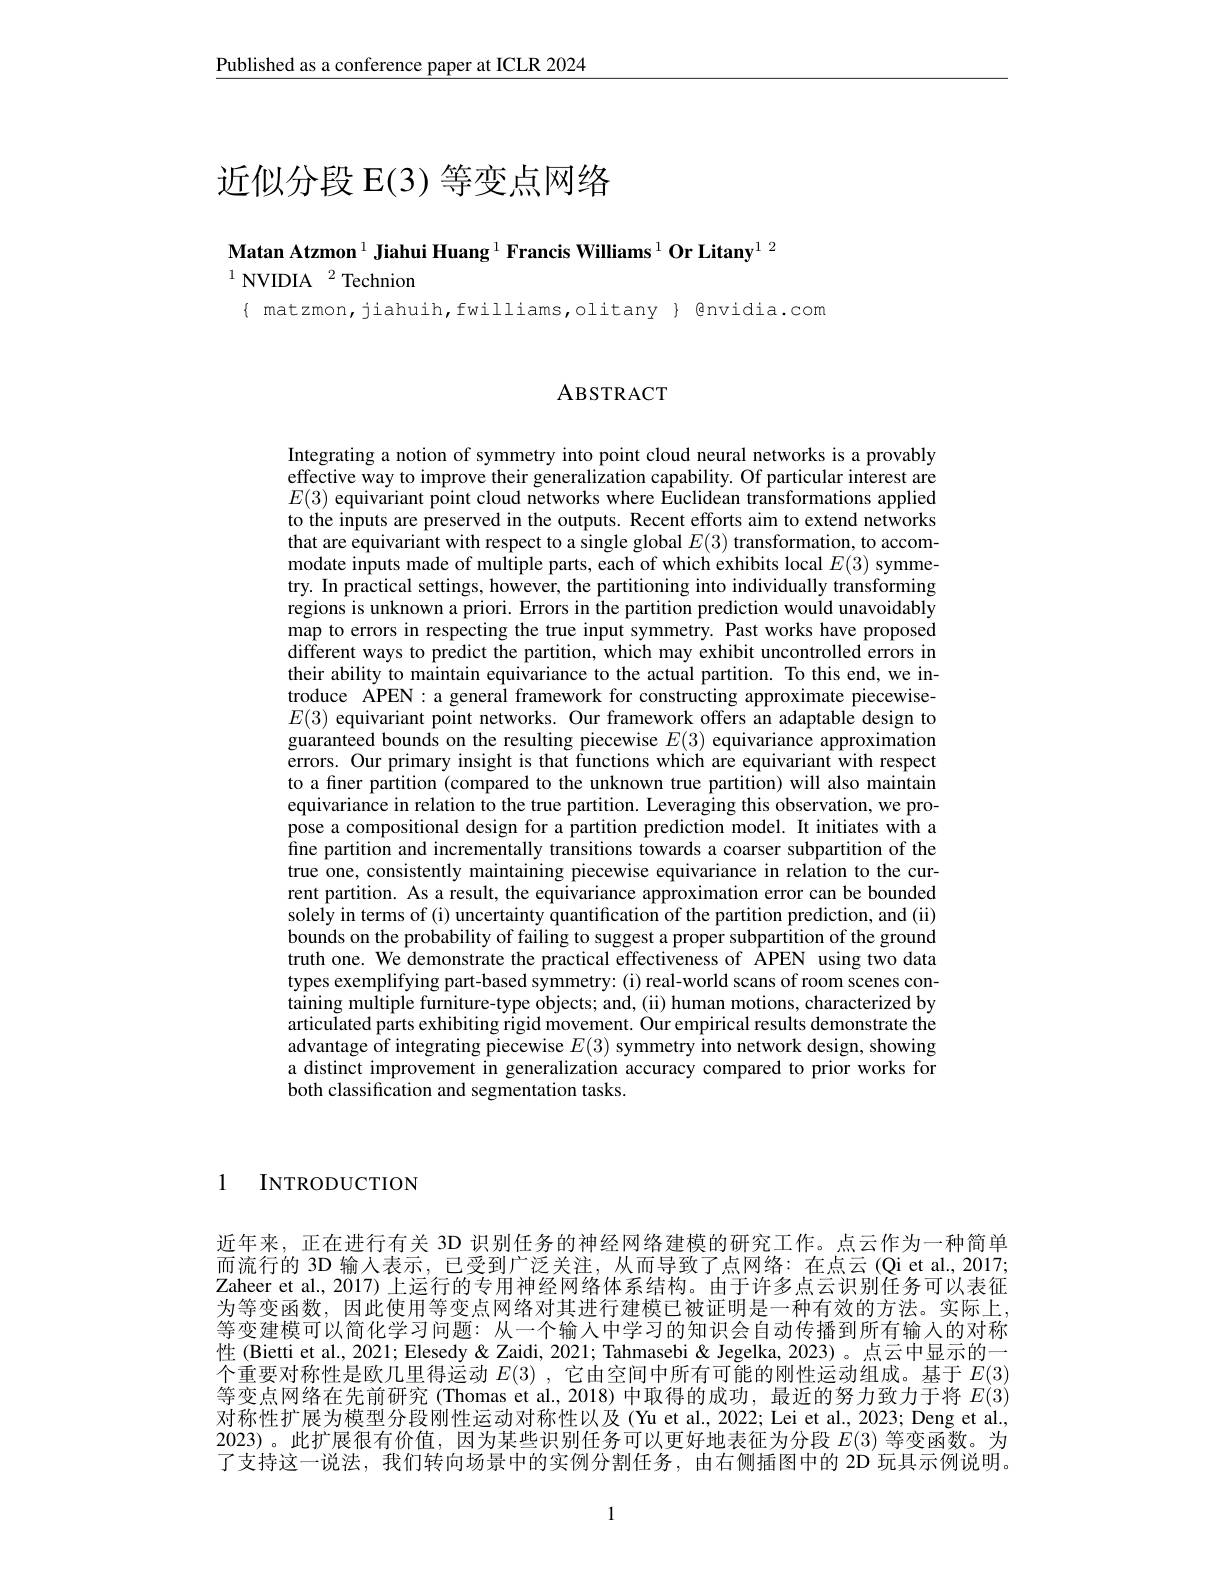
Published as a conference paper at ICLR 2024

# 近似分段 E(3) 等变点网络

Matan Atzmon $^1\textbf{Jiahui Huang}^{1}$ Francis Williams$^1\textbf{Or Litany}^{1\:^2}$
$^{1}\text{NVIDIA}^{2}$Technion

$\{ matzmon,jiahuih,fwilliams,olitany $ Qnvidia.com$

ABSTRACT

Integrating a notion of symmetry into point cloud neural networks is a provably effective way to improve their generalization capability. Of particular interest are $E(3)$ equivariant point cloud networks where Éuclidean transformations applied to the inputs are preserved in the outputs. Recent efforts aim to extend networks that are equivariant with respect to a single global $E(3)$ transformation, to accommodate inputs made of multiple parts, each of which exhibits local $E(3)$ symmetry. In practical settings, however, the partitioning into individually transforming regions is unknown a priori. Errors in the partition prediction would unavoidably map to errors in respecting the true input symmetry. Past works have proposed different ways to predict the partition, which may exhibit uncontrolled errors in their ability to maintain equivariance to the actual partition. To this end, we introduce APEN: a general framework for constructing approximate piecewise- $E(3)$ equivariant point networks. Our framework offers an adaptable design to guaranteed bounds on the resulting piecewise $E(3)$ equivariance approximation errors. Our primary insight is that functions which are equivariant with respect to a fner partition (compared to the unknown true partition) will also maintain equivariance in relation to the true partition. Leveraging this observation, we propose a compositional design for a partition prediction model. It initiates with a fine partition and incrementally transitions towards a coarser subpartition of the true one, consistently maintaining piecewise equivariance in relation to the current partition. As a result, the equivariance approximation error can be bounded solely in terms of (i) uncertainty quantification of the partition prediction, and (ii) bounds on the probability of failing to suggest a proper subpartition of the ground truth one. We demonstrate the practical effectiveness of APEN using two data types exemplifying part-based symmetry:(i) real-world scans of room scenes containing multiple furniture-type objects; and, (ii) human motions, characterized by articulated parts exhibiting rigid movement. Our empirical results demonstrate the advantage of integrating piecewise $E(3)$ symmetry into network design, showing a distinct improvement in generalization accuracy compared to prior works for both classification and segmentation tasks.

1

INTRODUCTION

近年来，正在进行有关 3D 识别任务的神经网络建模的研究工作。点云作为一种简单而流行的 3D 输入表示，已受到广泛关注，从而导致了点网络：在点云(Qi et al., 2017; Zaheer et al., 2017) 上运行的专用神经网络体系结构。由于许多点云识别任务可以表征为等变函数，因此使用等变点网络对其进行建模已被证明是一种有效的方法。实际上等变建模可以简化学习问题：从一个输入中学习的知识会自动传播到所有输人的对称性 (Bietti et al., 2021; Elesedy & Zaidi, 2021; Tahmasebi & Jegelka, 2023) 。点云中显示的一个重要对称性是欧几里得运动$E(3)$ ,它由空间中所有可能的刚性运动组成。基于$E(3)$ 等变点网络在先前研究(Thomas et al, 2018) 中取得的成功，最近的努力致力于将 $E(3)$对称性扩展为模型分段刚性运动对称性以及(Yu et al., 2022; Lei et al., 2023; Deng et al., 2023)。此扩展很有价值，因为某些识别任务可以更好地表征为分段$E(3)$等变函数。为了支持这一说法，我们转向场景中的实例分割任务，由右侧插图中的 2D 玩具示例说明。

1